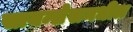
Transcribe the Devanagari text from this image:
सायन्सेसमधील